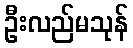
ဦးလည်မသုန်